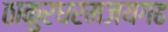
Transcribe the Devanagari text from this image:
ठाकुरधरमजयगढ